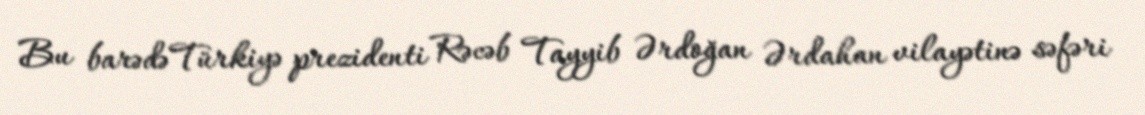
Bu barədə Türkiyə prezidenti Rəcəb Tayyib Ərdoğan Ərdahan vilayətinə səfəri